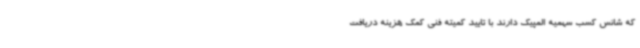
که شانس کسب سهمیه المپیک دارند با تایید کمیته فنی کمک هزینه دریافت